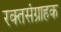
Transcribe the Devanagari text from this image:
रक्तसंग्राहक